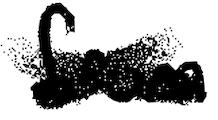
Text: from
Cross-out: cross
Writing tool: digital_black